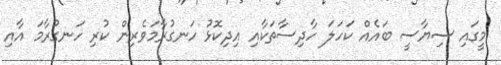
މީގައި ސިޔާސީ ބައެއް ކަހަލަ ހާދިސާތަކާއި އިދިކޮޅު ހަނގުރާމަވެރިން ކުރި ހަނގުރާމަ އާއި